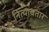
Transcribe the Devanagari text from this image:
नित्यावतार